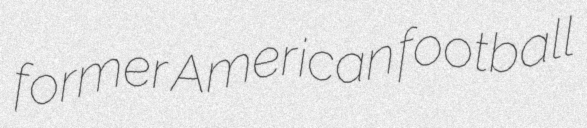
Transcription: former American football